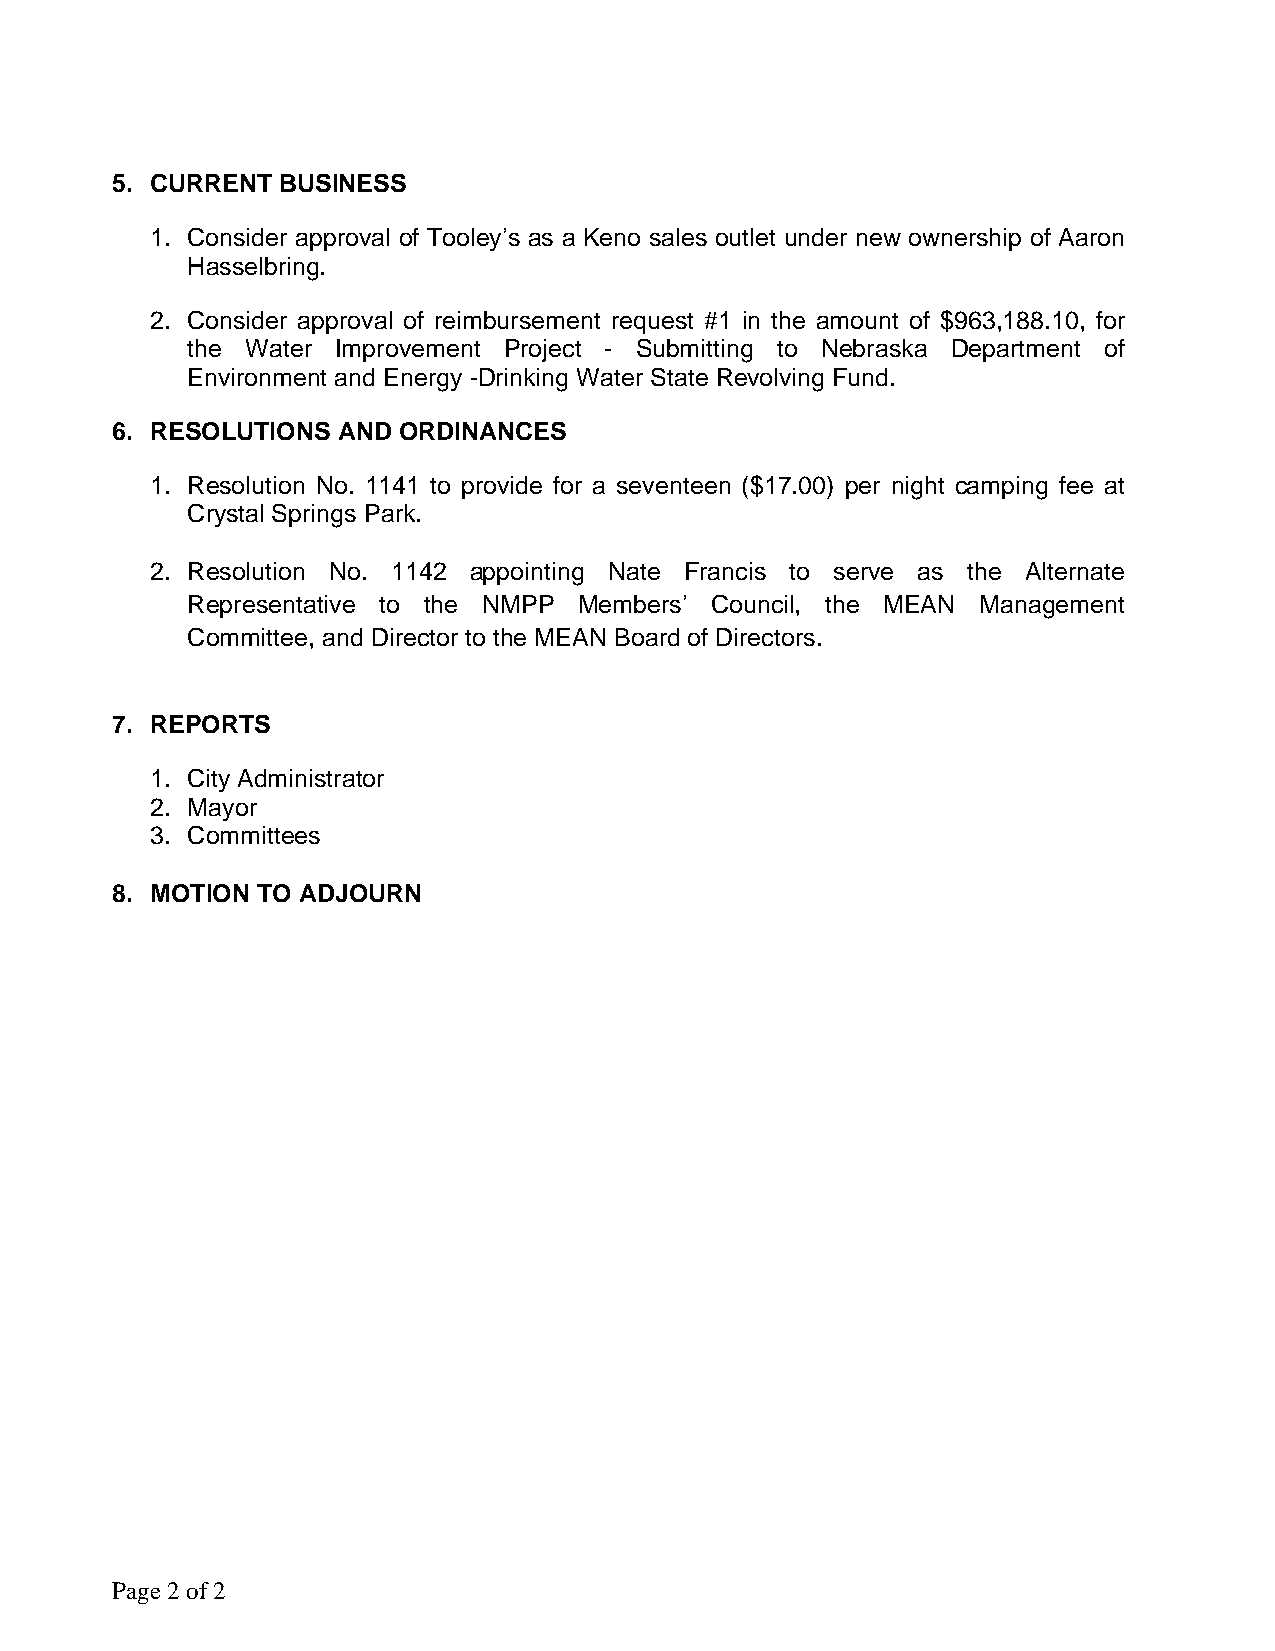
5. CURRENT BUSINESS
 1. Consider approval of Tooley’s as a Keno sales outlet under new ownership of Aaron
 Hasselbring.
 2. Consider approval of reimbursement request #1 in the amount of $963,188.10, for
 the Water Improvement Project - Submitting to Nebraska Department of
 Environment and Energy -Drinking Water State Revolving Fund.
 6. RESOLUTIONS AND ORDINANCES
 1. Resolution No. 1141 to provide for a seventeen ($17.00) per night camping fee at
 Crystal Springs Park.
 2. Resolution No. 1142 appointing Nate Francis to serve as the Alternate
 Representative to the NMPP Members’ Council, the MEAN Management
 Committee, and Director to the MEAN Board of Directors.
 7. REPORTS
 1. City Administrator
 2. Mayor
 3. Committees
 8. MOTION TO ADJOURN
 Page 2 of 2